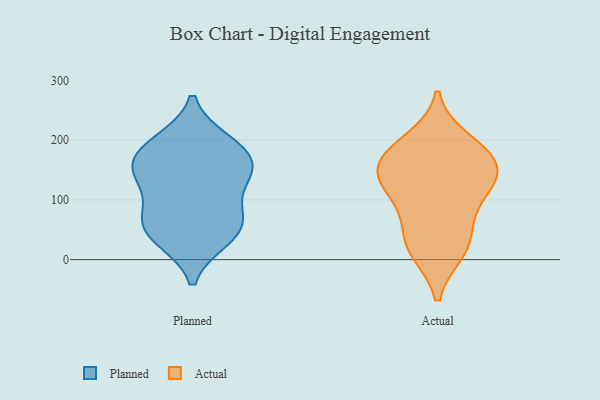
{"axis": {"x": "Humidity (%)", "y": "Value"}, "legend": ["Actual", "Planned"], "data": [{"x": "", "y": 37, "type": "Planned"}, {"x": "", "y": 150, "type": "Planned"}, {"x": "", "y": 66, "type": "Planned"}, {"x": "", "y": 66, "type": "Planned"}, {"x": "", "y": 191, "type": "Planned"}, {"x": "", "y": 149, "type": "Planned"}, {"x": "", "y": 179, "type": "Planned"}, {"x": "", "y": 147, "type": "Planned"}, {"x": "", "y": 128, "type": "Planned"}, {"x": "", "y": 35, "type": "Planned"}, {"x": "", "y": 197, "type": "Planned"}, {"x": "", "y": 73, "type": "Planned"}, {"x": "", "y": 175, "type": "Actual"}, {"x": "", "y": 136, "type": "Actual"}, {"x": "", "y": 118, "type": "Actual"}, {"x": "", "y": 119, "type": "Actual"}, {"x": "", "y": 76, "type": "Actual"}, {"x": "", "y": 156, "type": "Actual"}, {"x": "", "y": 41, "type": "Actual"}, {"x": "", "y": 180, "type": "Actual"}, {"x": "", "y": 150, "type": "Actual"}, {"x": "", "y": 199, "type": "Actual"}, {"x": "", "y": 18, "type": "Actual"}, {"x": "", "y": 14, "type": "Actual"}]}